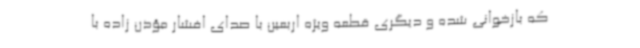
که بازخوانی شده و دیگری قطعه ویژه اربعین با صدای افشار مؤذن زاده با